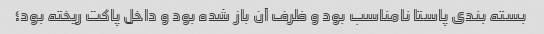
بسته بندی پاستا نامناسب بود و ظرف آن باز شده بود و داخل پاکت ریخته بود؛